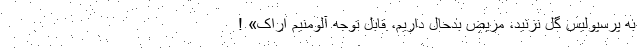
به پرسپولیس گل نزنید، مریض بدحال داریم، قابل توجه آلومنیم اراک» !